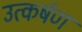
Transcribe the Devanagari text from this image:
उत्कर्षण